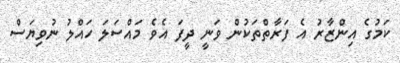
ކަމުގެ އިންޒާރު އެ ފަރާތްތަކުން ވަނީ ދީފަ އެވެ މައްސަލަ ހައްލު ނުވިޔަސް